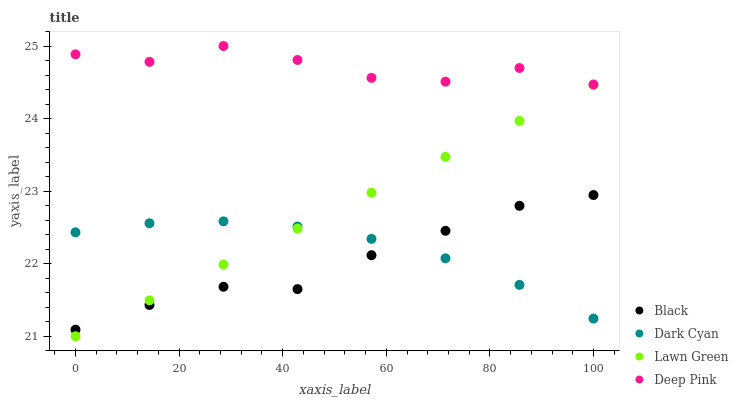
| xaxis_label | Black | Dark Cyan | Lawn Green | Deep Pink |
 | --- | --- | --- | --- | --- |
 | 0 | 21.1 | 22.4 | 21 | 24.9 |
 | 14.3 | 21.4 | 22.6 | 21.5 | 24.8 |
 | 28.6 | 21.7 | 22.6 | 22 | 25 |
 | 42.9 | 21.6 | 22.5 | 22.5 | 24.8 |
 | 57.1 | 22.1 | 22.3 | 23 | 24.6 |
 | 71.4 | 22.5 | 22.1 | 23.5 | 24.5 |
 | 85.7 | 22.8 | 21.7 | 24 | 24.7 |
 | 100 | 22.9 | 21.2 | 24.5 | 24.5 |